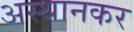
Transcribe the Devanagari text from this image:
अस्थानकर